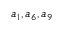
a _ { 1 } , a _ { 6 } , a _ { 9 }